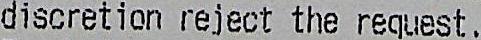
DISCRETION REJECT THE REQUEST.